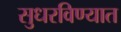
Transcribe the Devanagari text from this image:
सुधरविण्यात